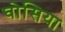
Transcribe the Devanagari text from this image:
घोसिया